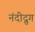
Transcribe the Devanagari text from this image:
नंदीद्रुग